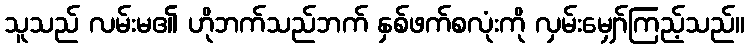
သူသည် လမ်းမ၏ ဟိုဘက်သည်ဘက် နှစ်ဖက်စလုံးကို လှမ်းမျှော်ကြည့်သည်။